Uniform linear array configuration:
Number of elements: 48
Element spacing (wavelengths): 0.25
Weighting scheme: exponential
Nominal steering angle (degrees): -45
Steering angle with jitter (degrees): -44.887
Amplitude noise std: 0.05
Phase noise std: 0.05

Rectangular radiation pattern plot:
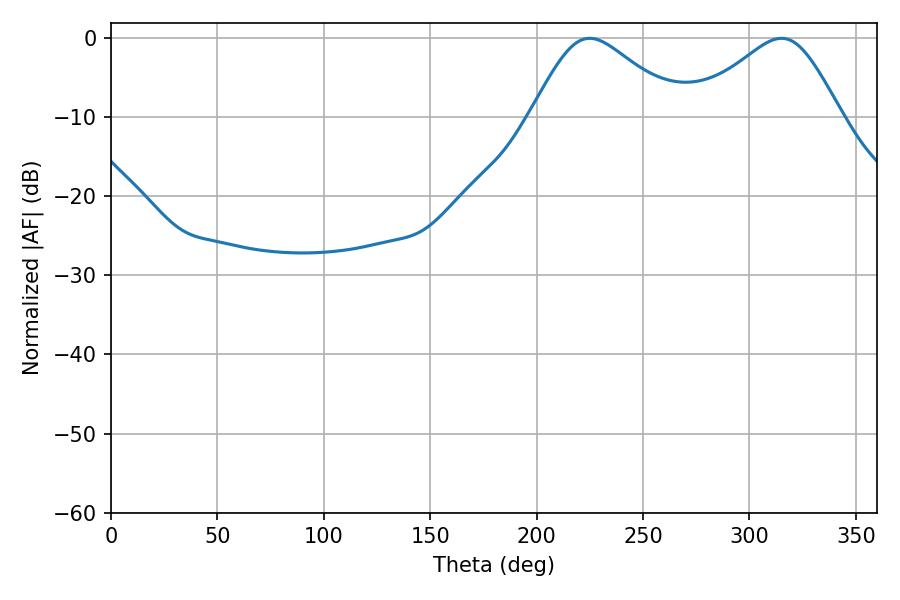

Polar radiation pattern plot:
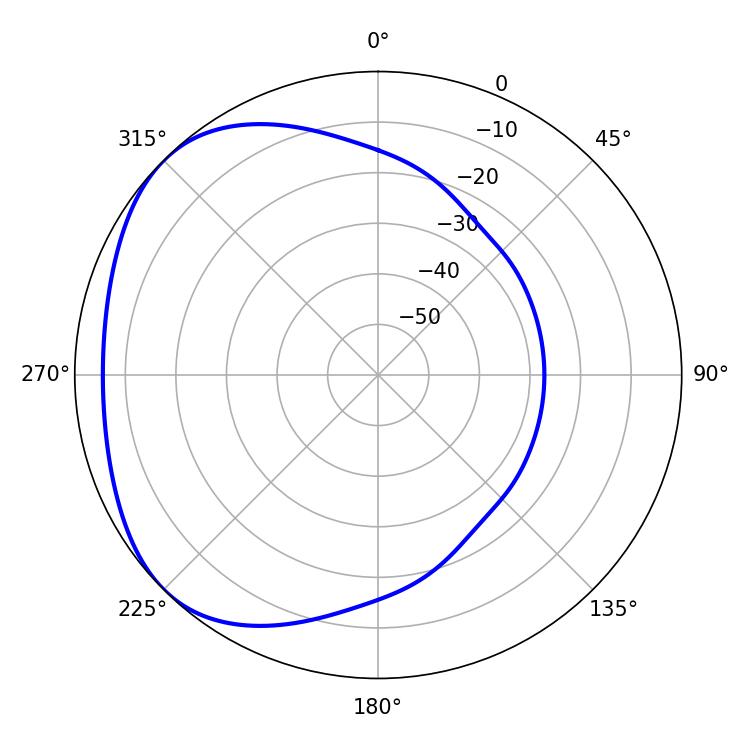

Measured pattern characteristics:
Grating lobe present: FALSE
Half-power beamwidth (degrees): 34.56
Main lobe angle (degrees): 225